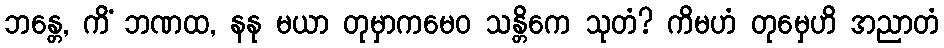
ဘန္တေ, ကိံ ဘဏထ, နနု မယာ တုမှာကမေဝ သန္တိကေ သုတံ? ကိမဟံ တုမှေဟိ အညာတံ